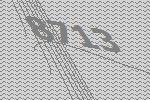
8713